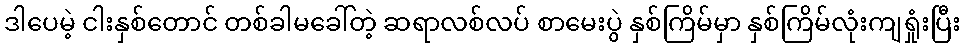
ဒါပေမဲ့ ငါးနှစ်တောင် တစ်ခါမခေါ်တဲ့ ဆရာလစ်လပ် စာမေးပွဲ နှစ်ကြိမ်မှာ နှစ်ကြိမ်လုံးကျရှုံးပြီး